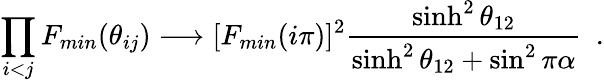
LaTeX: \prod_{i<j}F_{min}(\theta_{ij})\longrightarrow[F_{min}(i\pi)]^{2}\frac{\sinh^{2}\theta_{12}}{\sinh^{2}\theta_{12}+\sin^{2}\pi\alpha}\, \, \, .